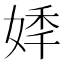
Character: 𡝟